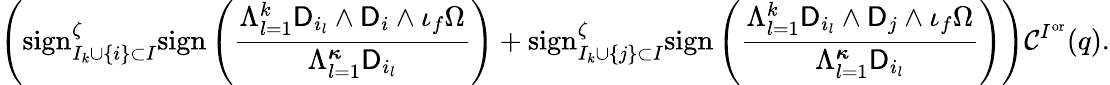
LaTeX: \left(\mathrm{sign}_{I_{k}\cup\{ i\} \subset I}^{\zeta}\mathrm{sign}\left(\frac{\Lambda_{l=1}^{k}\mathsf{D}_{i_{l}}\wedge\mathsf{D}_{i}\wedge\iota_{f}\Omega}{\Lambda_{l=1}^{{\boldsymbol{\kappa}}}\mathsf{D}_{i_{l}}}\right)+\mathrm{sign}_{I_{k}\cup\{ j\} \subset I}^{\zeta}\mathrm{sign}\left(\frac{\Lambda_{l=1}^{k}\mathsf{D}_{i_{l}}\wedge\mathsf{D}_{j}\wedge\iota_{f}\Omega}{\Lambda_{l=1}^{{\boldsymbol{\kappa}}}\mathsf{D}_{i_{l}}}\right)\right)\mathcal{C}^{I^{\mathrm{or}}}(q).